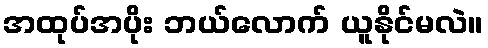
အထုပ်အပိုး ဘယ်လောက် ယူနိုင်မလဲ။